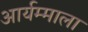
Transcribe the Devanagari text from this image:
आर्यम्माला